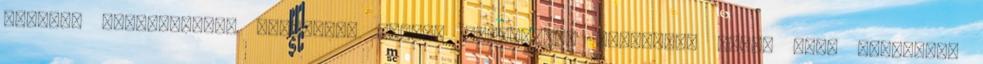
oktatás tanárképzés: Berzsenyi Dániel Tanárképző Főiskola; pécsi JPTE főiskolai